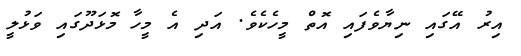
އިރު އޭގައި ނިޔާވެފައި އޮތް މީހެކެވެ. އަދި އެ މީހާ މޮޅަދޫގައި ވަޅުލީ